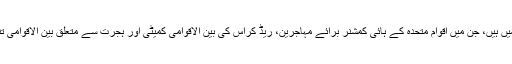
محکمہ خارجہ نے کہا ہے کہ ''ہم اپنے ساجھے داروں کے ساتھ قریبی رابطے میں ہیں، جن میں اقوام متحدہ کے ہائی کمشنر برائے مہاجرین، ریڈ کراس کی بین الاقوامی کمیٹی اور ہجرت سے متعلق بین الاقوامی تنظیم شامل ہے، تاکہ متاثرہ افراد کو ہنگامی بنیادوں پر اعانت فراہم کی جاسکے''۔